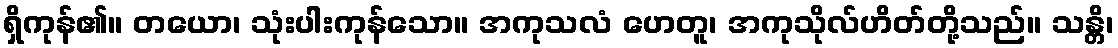
ရှိကုန်၏။ တယော၊ သုံးပါးကုန်သော။ အကုသလံ ဟေတူ၊ အကုသိုလ်ဟိတ်တို့သည်။ သန္တိ၊